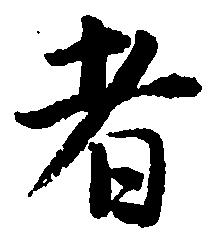
者